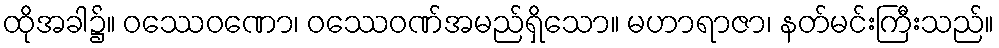
ထိုအခါ၌။ ဝဿေဝဏော၊ ဝဿေဝဏ်အမည်ရှိသော။ မဟာရာဇာ၊ နတ်မင်းကြီးသည်။